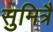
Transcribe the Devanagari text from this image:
सुमित्रै